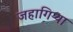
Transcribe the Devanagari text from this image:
जहागिऱ्या